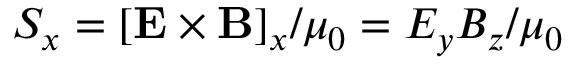
S _ { x } = [ { \bf E } \times { \bf B } ] _ { x } / \mu _ { 0 } = E _ { y } B _ { z } / \mu _ { 0 }